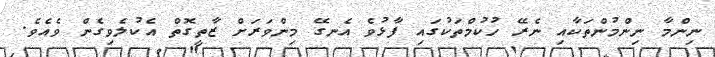
ނިންމާ ނިންމުންތަކާއި ނެރޭ ހުކުމްތަކުގައި ފާޅުވެ އެނގޭ މިންވަރަށް ޒާތީގޮތް އެކުލެވިގެން ވެއެވެ.